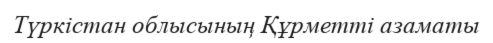
Түркістан облысының Құрметті азаматы